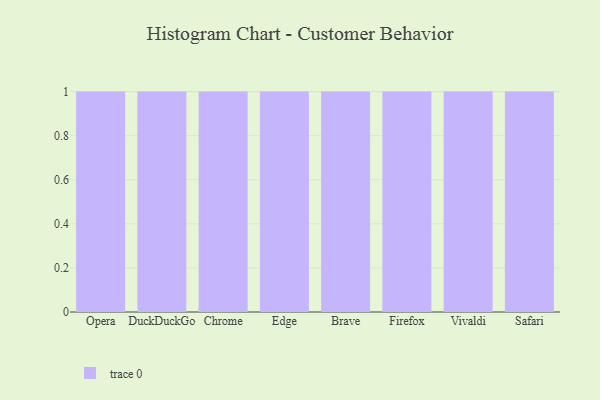
{"axis": {"x": "Browser", "y": "Active Users"}, "legend": [""], "data": [{"x": "Opera", "y": 13, "type": ""}, {"x": "DuckDuckGo", "y": 24, "type": ""}, {"x": "Chrome", "y": 84, "type": ""}, {"x": "Edge", "y": 93, "type": ""}, {"x": "Brave", "y": 92, "type": ""}, {"x": "Firefox", "y": 97, "type": ""}, {"x": "Vivaldi", "y": 60, "type": ""}, {"x": "Safari", "y": 82, "type": ""}]}